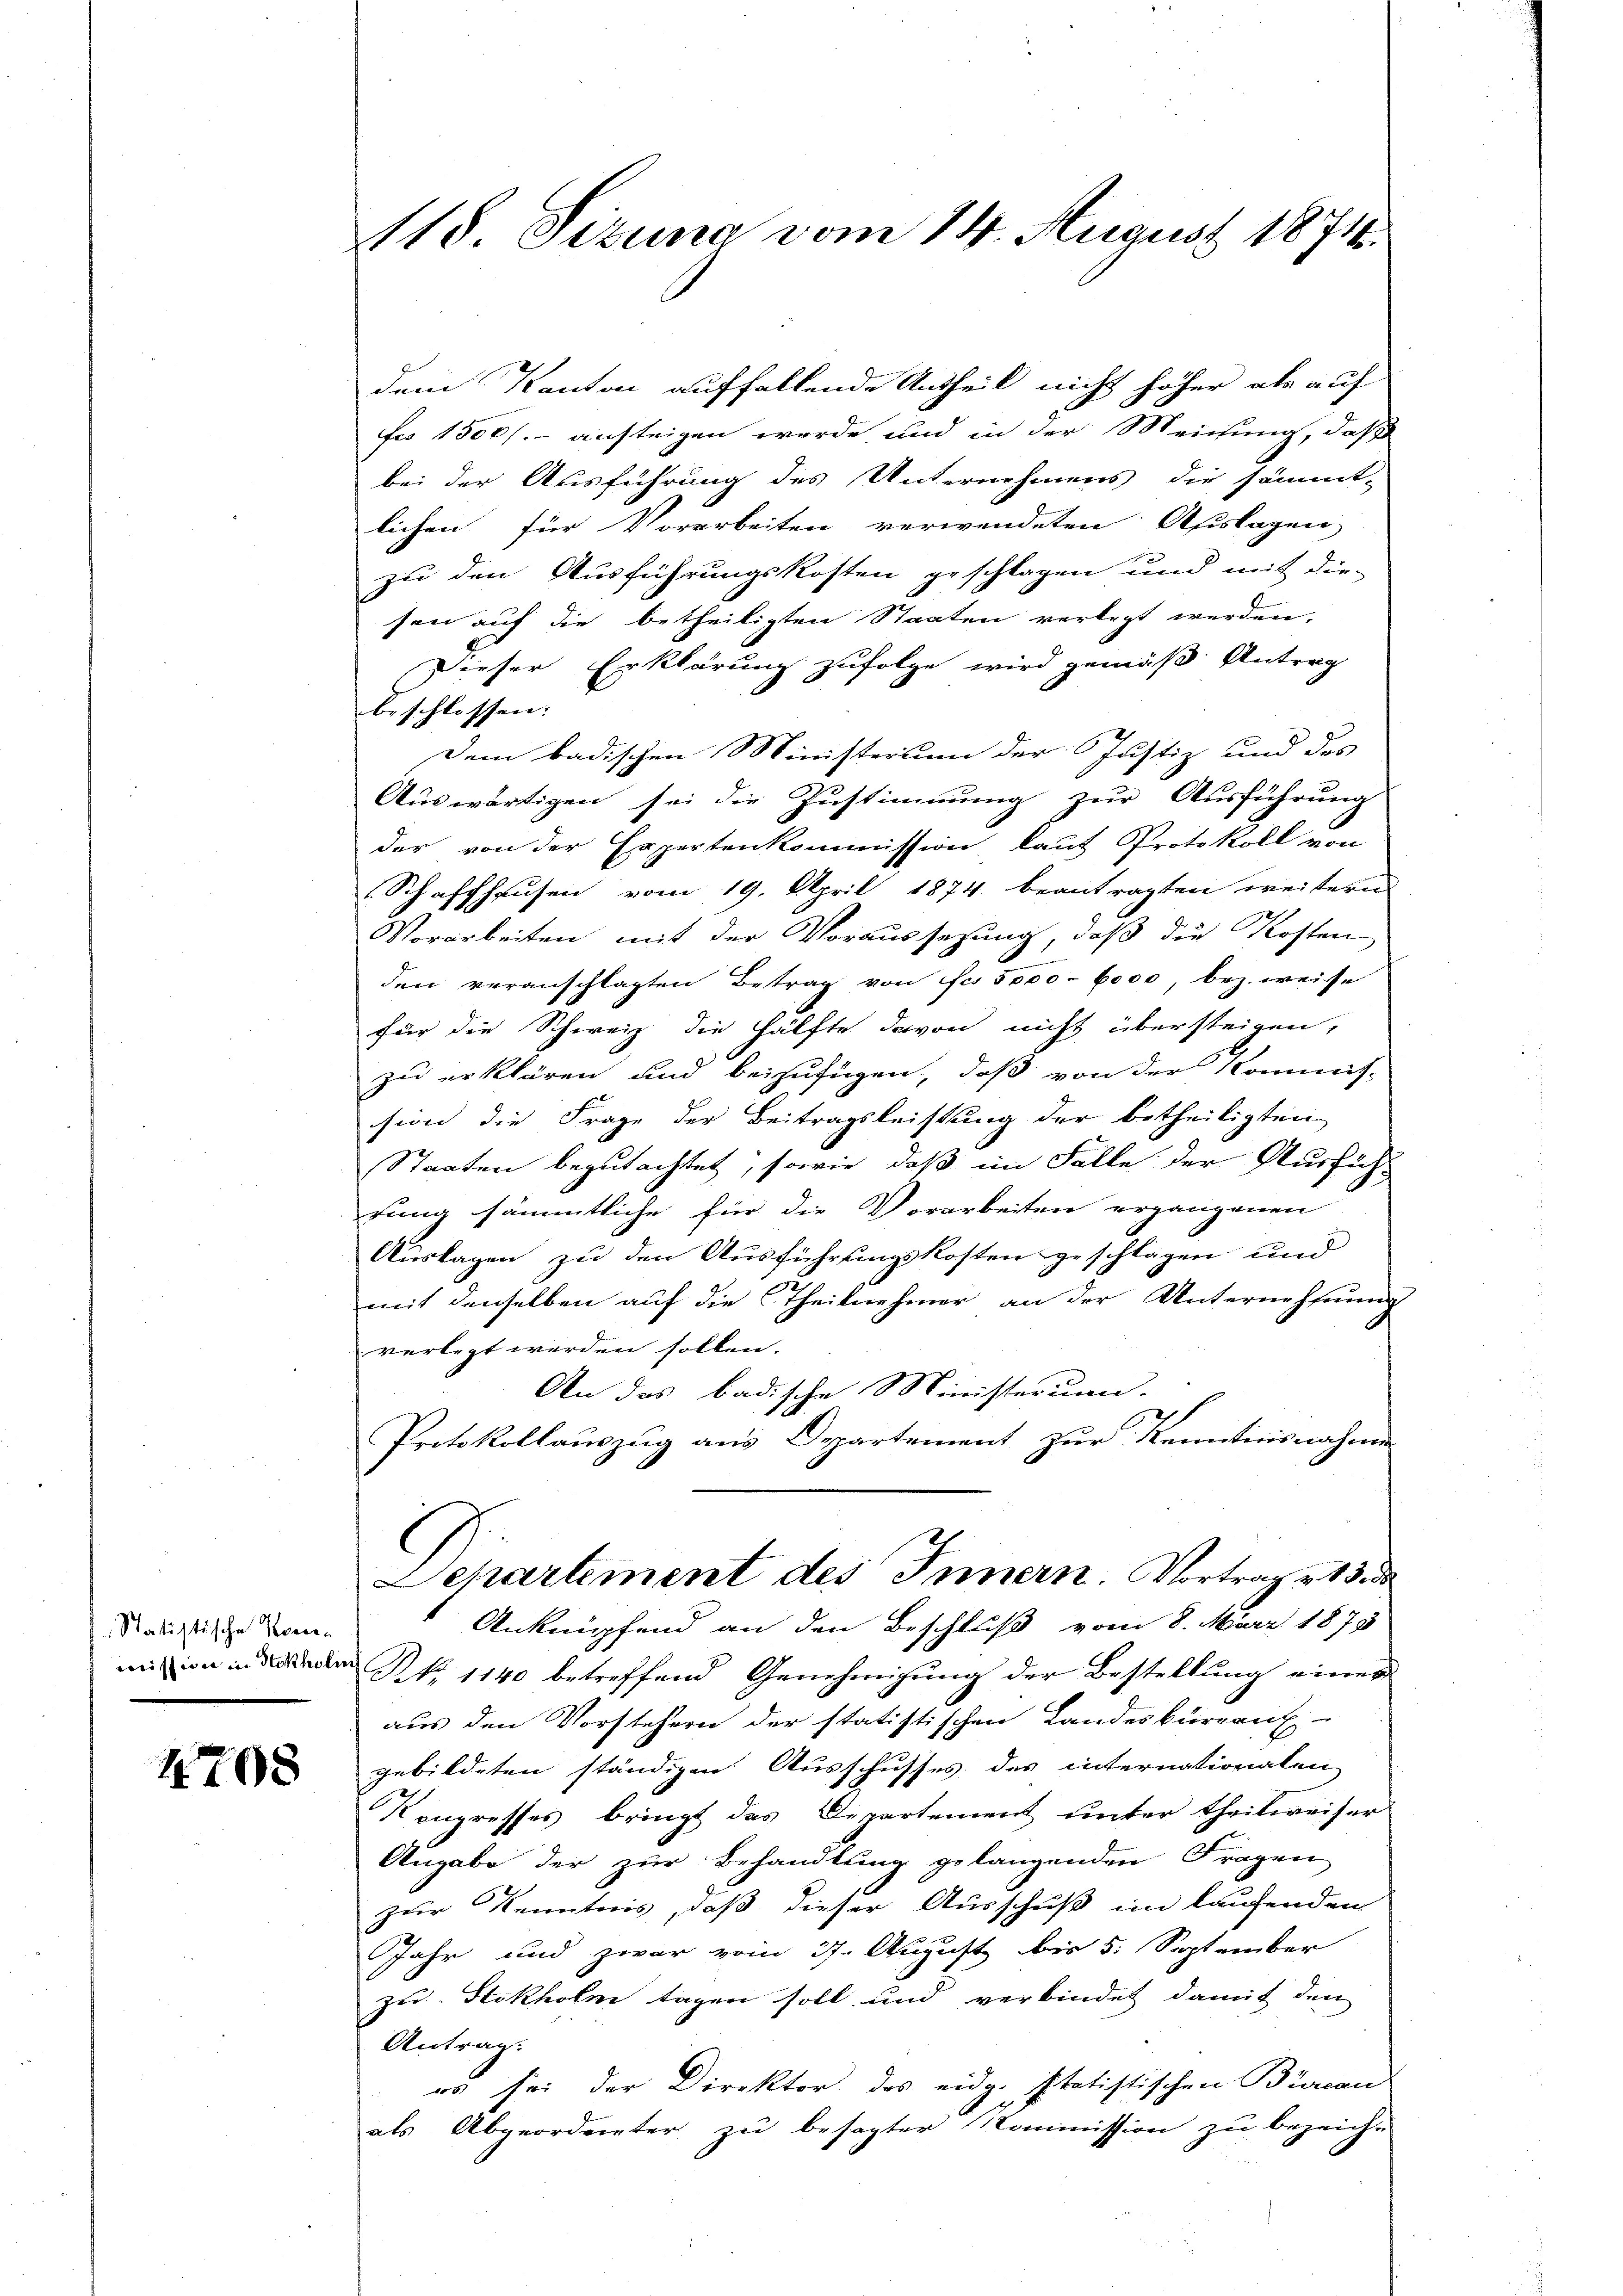
4708

118. Sizung vom 14. August 1874.

Statistische Konsen

dem Kanton auffallende Antheil nicht höher als auf
Fes 1500.- austeigen werde, und in der Meichung, daß
bei der Ausführung des Unternehmens die sämmt-
lichen für Vorarbeiten verwendeten Auslagen
zu den Ausführungskosten geschlagen und mit die-
sen auf die betheiligten Staaten verlegt werden,
Dieser Erklärung zufolge wird gemäß Antrag
beschlossen:
Dem badischen Ministerium der Justiz und des
Auswärtigen sei die Zustimmung zur Ausführung
der von der Expertenkommission laut Protokoll von
Schaffhausen vom 19. April 1874 beantragten weitern
Vorarbeiten mit der Voraussetzung, daß die Kosten
den veranschlagten Betrag von Fr. 5000. 6000, bez. weise
für die Schweiz die Hälfte davon nicht übersteigen,
zu erklären und beizufügen, daß von der Kommis-
sion die Frage der Beitragsleistung der betheiligten
Staaten begutachtet, sowie daß im Falle der Ausfüh-
rung sämmtliche für die Vorarbeiten ergangenen
Auslagen zu den Ausführungskosten geschlagen und
mit denselben auf die Theilnehmer an der Unternehmung
verlegt werden sollen.
An das badische Ministerum-
Protokollauszug aus Departement zur Kenntnisnahmen
Departement des Innern. Vortrag v. 13 de
Anknüpfend an den Beschluß vom 8. März 1873
mißion in den No 1140 betreffend Genehmigung der Bestellung eines
aus den Vorstehern der statistischen Landeskurgauf-
gebildeten ständigen Ausschusses des internationalen
Kongresses bringt das Departement unter theilweiser
Angabe der zur Behandlung gelangenden Fragen
zur Kenntnis, daß dieser Ausschuß im laufenden
Jahr und zwar vom 27. August bis 5. September
zu Stokholm tagen soll und verbindet damit den
Antrag:
es sei der Direktor des eidg. statistischen Bureau
als Abgeordneter zu besagter Kommission zu bezeich-